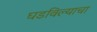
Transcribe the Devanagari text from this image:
घडविल्याचा